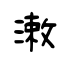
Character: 潄